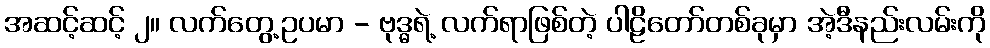
အဆင့်ဆင့် ၂။ လက်တွေ့ဥပမာ - ဗုဒ္ဓရဲ့ လက်ရာဖြစ်တဲ့ ပါဠိတော်တစ်ခုမှာ အဲ့ဒီနည်းလမ်းကို